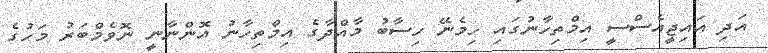
އަދި އައިޖީއެސްސީ އިމްތިހާނުގައި ހިމެނޭ ހިސާބު މާއްދާގެ އިމްތިހާނު އޮންނާނީ ނޮވެމްބަރު މަހުގެ